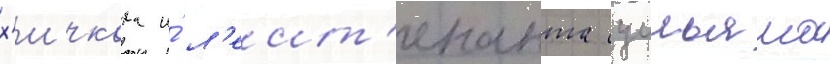
х'ичкока и́ л'еит'енанта уильяма